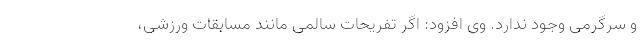
و سرگرمی وجود ندارد. وی افزود: اگر تفریحات سالمی مانند مسابقات ورزشی،